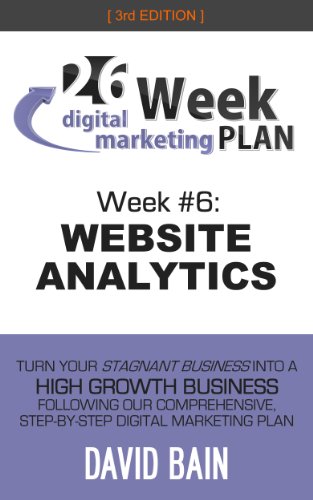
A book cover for WEBSITE ANALYTICS: Week #6 of the 26-Week Digital Marketing Plan [Edition 3.0]; David Bain; Computers & Technology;